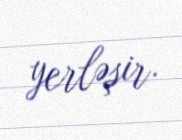
yerləşir.